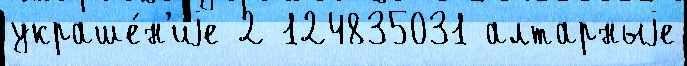
украше́н'иjе 2 124835031 алтарныjе